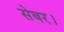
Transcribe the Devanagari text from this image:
सेबर।